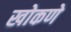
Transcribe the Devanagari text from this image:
खोकणे